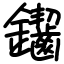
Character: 䥹